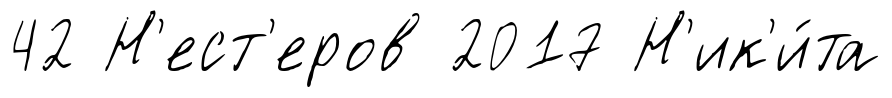
42 Н'ест'еров 2017 Н'ик'и́та